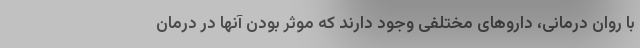
با روان درمانی، داروهای مختلفی وجود دارند که موثر بودن آنها در درمان